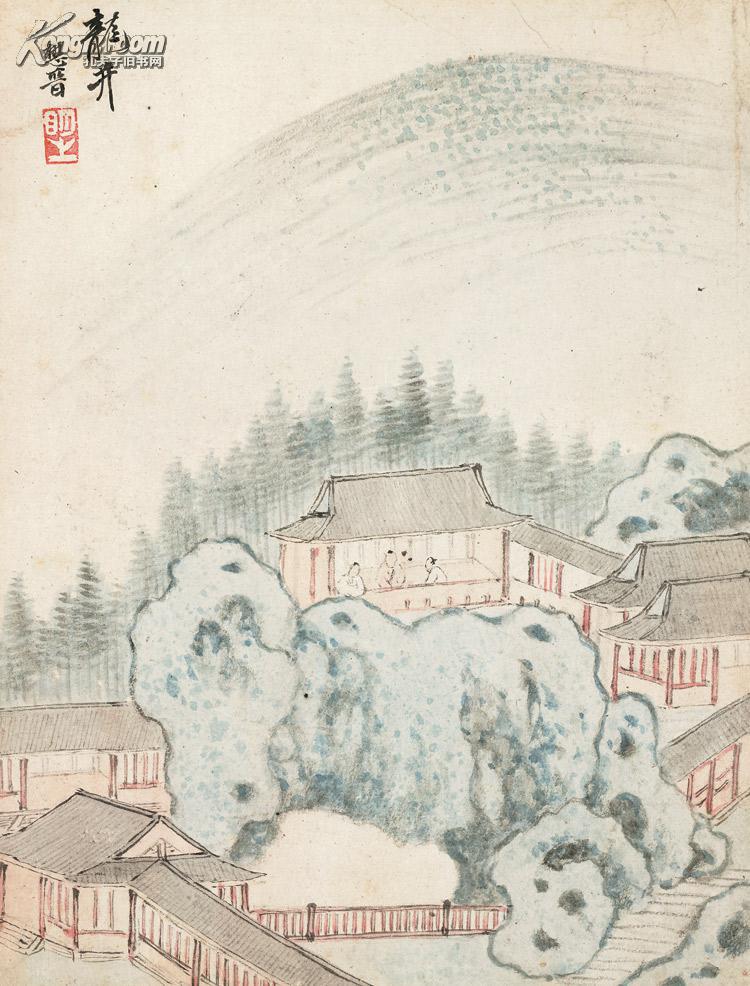
昨梦西湖，老扁舟身世。